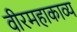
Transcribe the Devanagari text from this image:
वीरमहाकाव्य